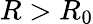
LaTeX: R>{R_{0}}